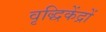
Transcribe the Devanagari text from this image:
वृद्धिकेंद्रों